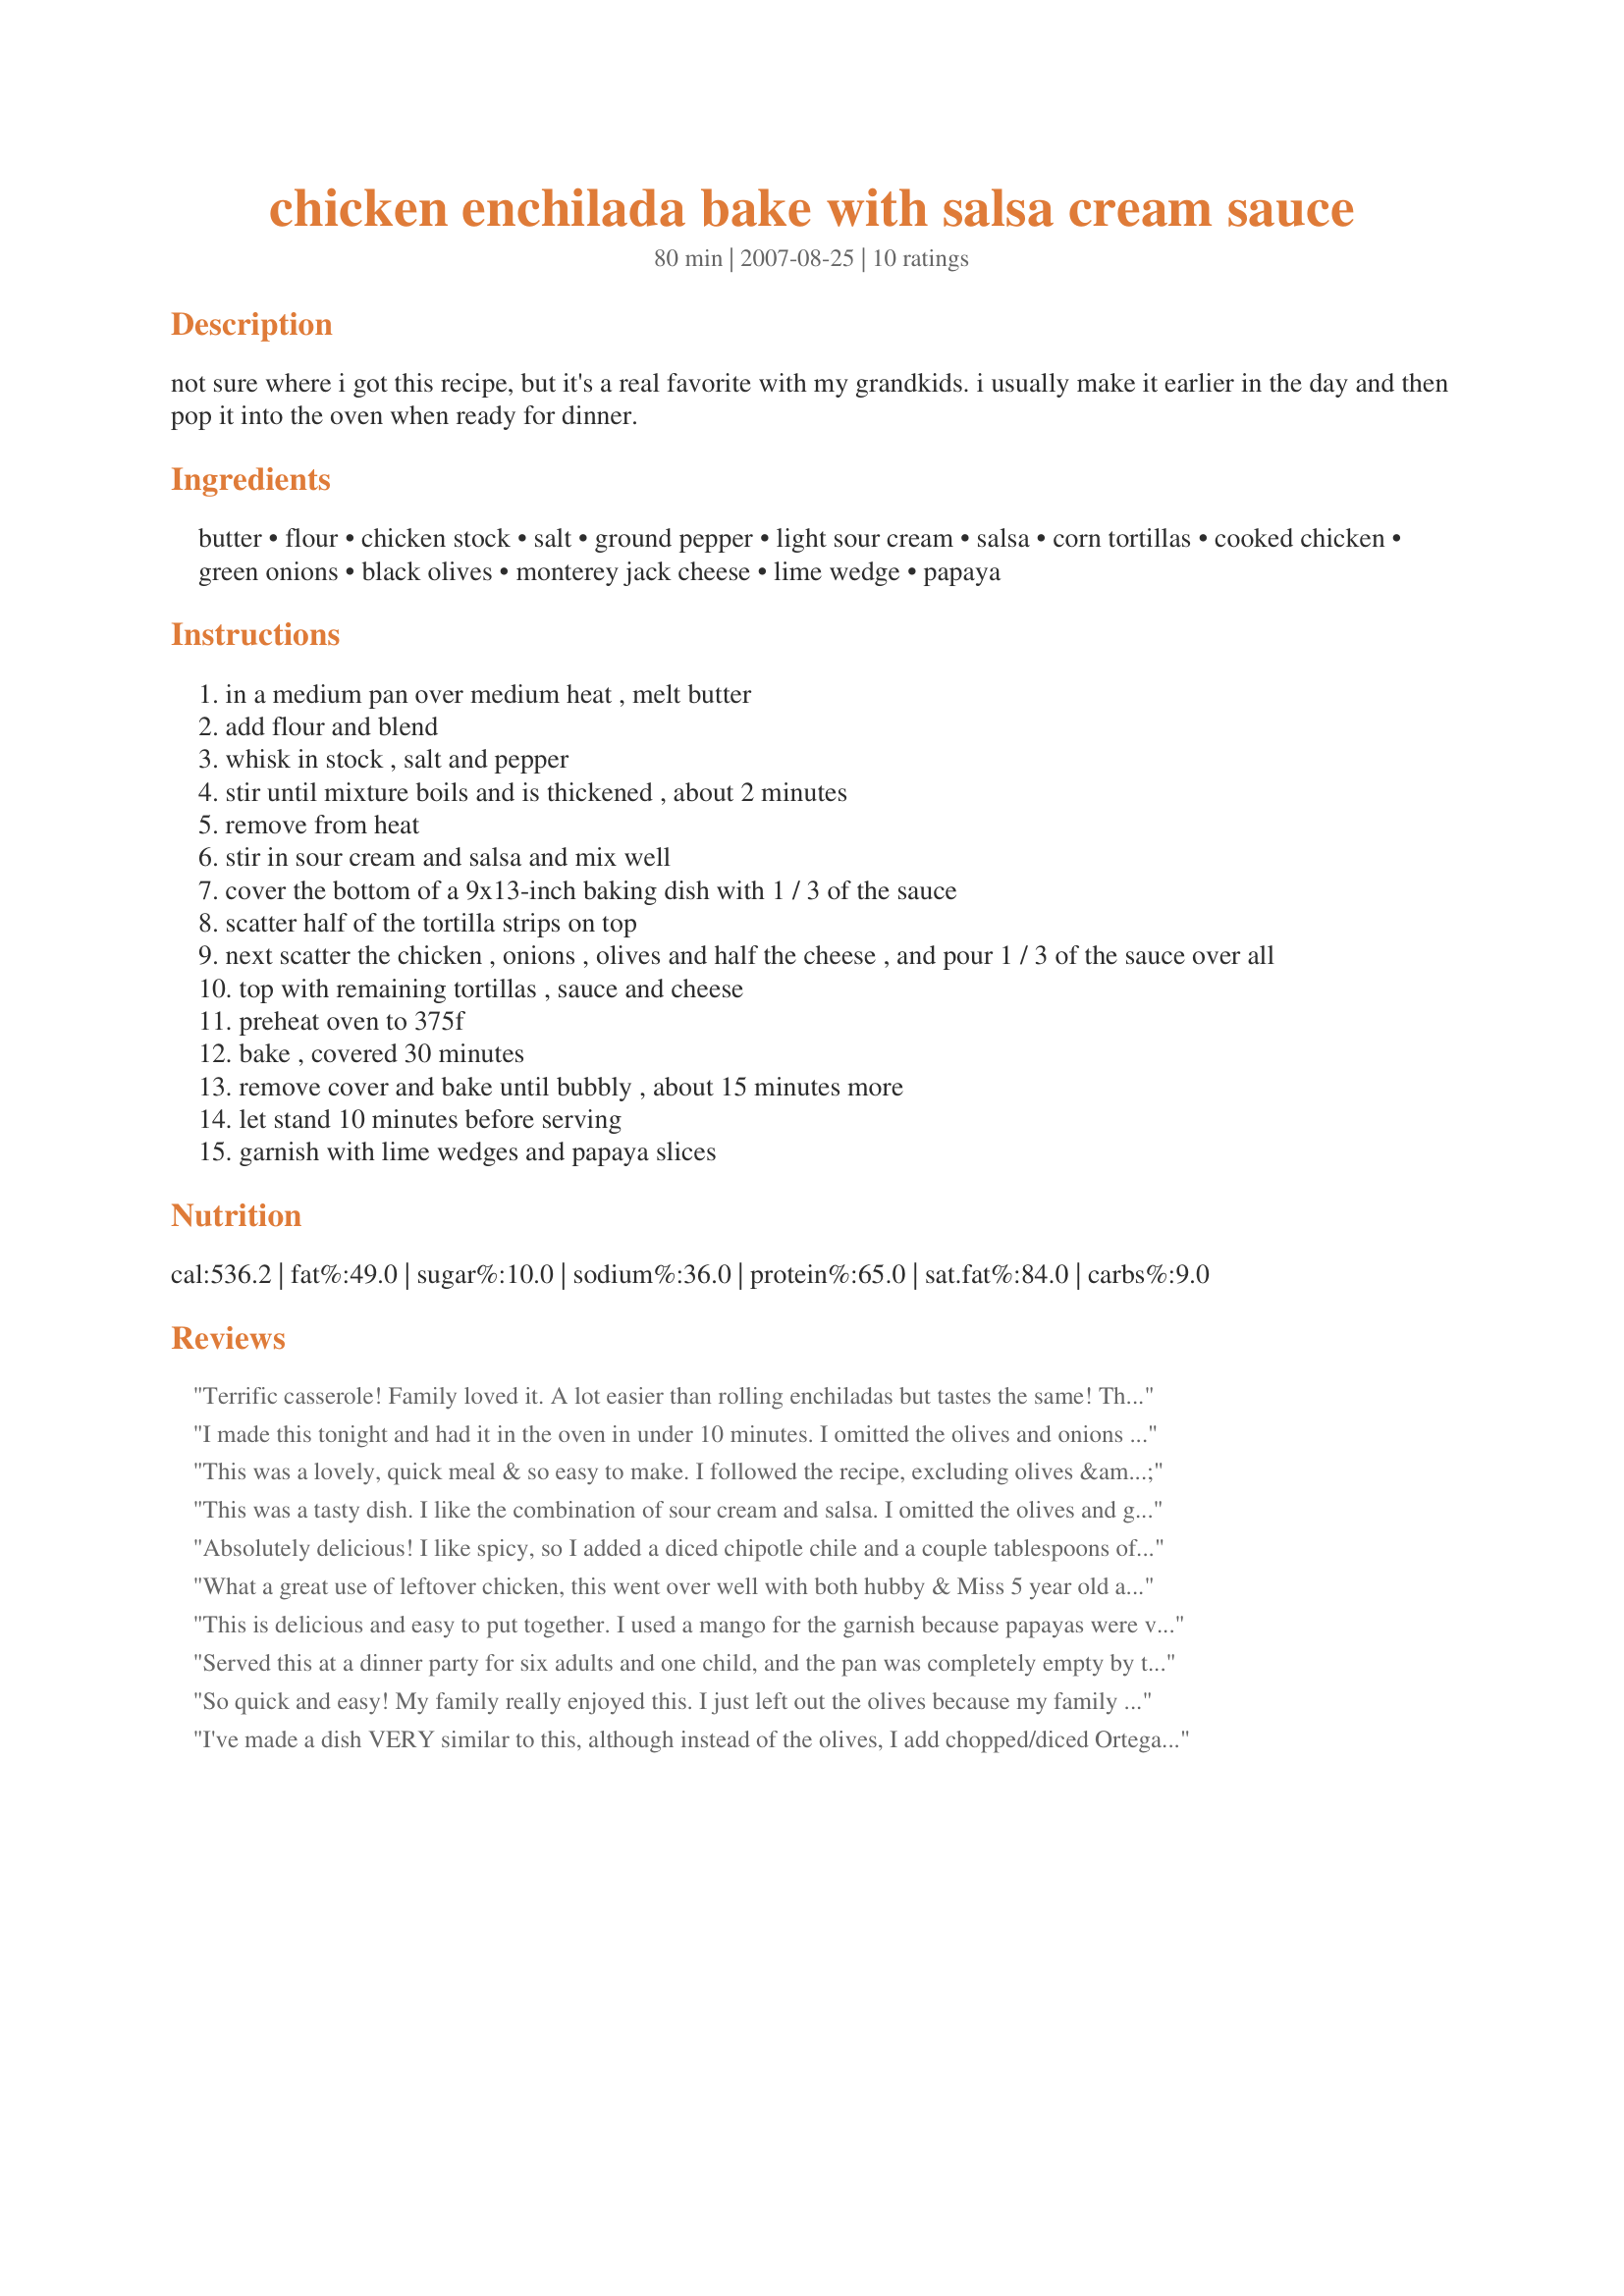
chicken enchilada bake with salsa cream sauce
Preparation time: 80 minutes

not sure where i got this recipe, but it's a real favorite with my grandkids. i usually make it earlier in the day and then pop it into the oven when ready for dinner.

Ingredients:
butter, flour, chicken stock, salt, ground pepper, light sour cream, salsa, corn tortillas, cooked chicken, green onions, black olives, monterey jack cheese, lime wedge, papaya

Steps:
in a medium pan over medium heat , melt butter
add flour and blend
whisk in stock , salt and pepper
stir until mixture boils and is thickened , about 2 minutes
remove from heat
stir in sour cream and salsa and mix well
cover the bottom of a 9x13-inch baking dish with 1 / 3 of the sauce
scatter half of the tortilla strips on top
next scatter the chicken , onions , olives and half the cheese , and pour 1 / 3 of the sauce over all
top with remaining tortillas , sauce and cheese
preheat oven to 375f
bake , covered 30 minutes
remove cover and bake until bubbly , about 15 minutes more
let stand 10 minutes before serving
garnish with lime wedges and papaya slices

Reviews:
Terrific casserole! Family loved it. A lot easier than rolling enchiladas but tastes the same! Thanks for posting lazy! Made for Football Pool 2017, week 8.
I made this tonight and had it in the oven in under 10 minutes. I omitted the olives and onions - did't have any. Will add kidney beans next time. As I had a screaming new born who wanted to be fed, I did not have time to pre-cook the diced chicken, so I added 20 minutes to the cook time - perfect!! Great with rice, guacamole and corn chips.
This was a lovely, quick meal & so easy to make. I followed the recipe, excluding olives & topping with light cheddar cheese. I think I'd add a little Mexican Chili Powder next time to give a bit of a kick, but was enjoyed by all. Thanks lazyme for this keeper. Made for ZWT4
This was a tasty dish. I like the combination of sour cream and salsa. I omitted the olives and garnishes. Great recipe to use up leftover cooked chicken and very easy too! Thanks for posting!
Absolutely delicious! I like spicy, so I added a diced chipotle chile and a couple tablespoons of adobo sauce. VERY good! I also made the cheese as my top layer..just a personal preference. Will definitely make this again!
What a great use of leftover chicken, this went over well with both hubby & Miss 5 year old and mum who was visiting, easy to put together and a great Friday night dinner. Made as directed minus the olives as we're not fans of them. Thanks for posting!
This is delicious and easy to put together. I used a mango for the garnish because papayas were very costly. Otherwise the only change I'd suggest is browning it on top under the broiler before removing it from the oven.
Served this at a dinner party for six adults and one child, and the pan was completely empty by the end. Everyone loved it, and it was the first Mexican food that was mild enough for my three-year-old to eat. It smelled amazing in the oven. I will definitely be making this ofen. Made for ZWT5 Family Picks. Thanks!
So quick and easy! My family really enjoyed this. I just left out the olives because my family does not like them. I will definitely be making this again. Made for ZWT5.
I've made a dish VERY similar to this, although instead of the olives, I add chopped/diced Ortega chiles. This doesn't make it hot, just adds more flavor. I also use the roasted chicken from COSTCO and merely shred it ....saves a LOT of time! It was delicious! Thanks!
